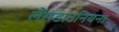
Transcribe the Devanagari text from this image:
लैंसडाउनियना